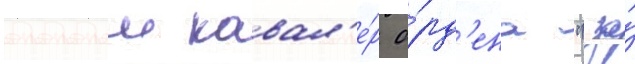
Полныи кавал'е́р о́рд'ена "за́